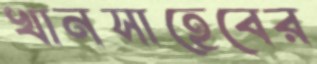
খানসাহেবের